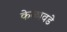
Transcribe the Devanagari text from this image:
केळावडे